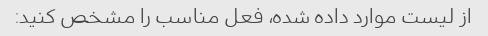
از لیست موارد داده شده، فعل مناسب را مشخص کنید: